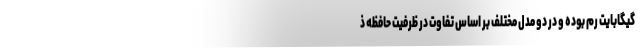
گیگابایت رم بوده و در دو مدل مختلف بر اساس تفاوت در ظرفیت حافظه ذ